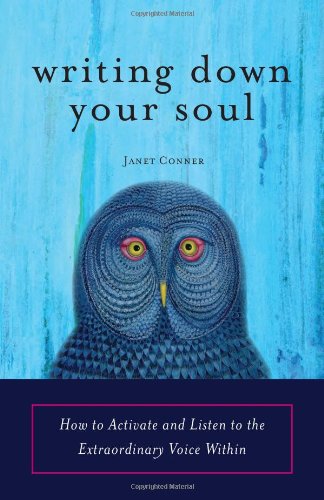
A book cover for Writing Down Your Soul: How to Activate and Listen to the Extraordinary Voice Within; Janet Conner; Self-Help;